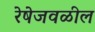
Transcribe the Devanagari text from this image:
रेषेजवळील